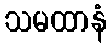
သမထာနံ